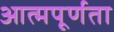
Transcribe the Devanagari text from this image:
आत्मपूर्णता